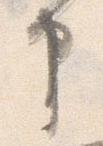
申